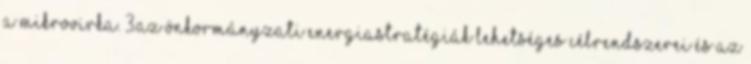
a MIKROVIRKA. 3.Az önkormányzati energiastratégiák lehetséges célrendszerei és az